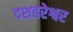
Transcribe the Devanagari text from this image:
दशहरेश्वर